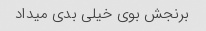
برنجش بوی خیلی بدی میداد